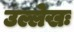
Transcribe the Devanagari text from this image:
उल्लेखः